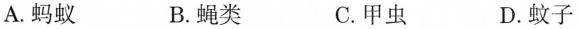
A. 蚂蚁 B. 蝇类 C. 甲虫 D. 蚊子